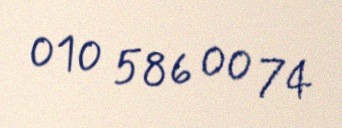
010 586 00 74